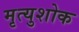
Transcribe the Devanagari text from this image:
मृत्युशोक